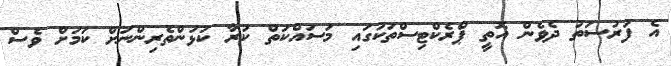
އެ ފުރުސަތު ދެވެން އޮތީ ޕްރެކްޓިސްތަކުގައި މަސައްކަތް ކުރާ ކުޅުންތެރިންނަށް ކަމަށް ވެސް